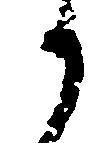
か